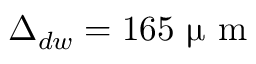
\Delta _ { d w } = 1 6 5 ~ \upmu \textrm { m }